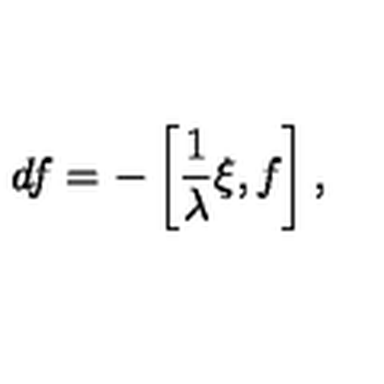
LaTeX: d f = - \left[ \frac { 1 } { \lambda } \xi , f \right] ,